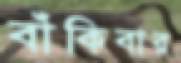
বাঁকিবার